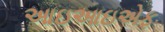
આઇઆઇએફ